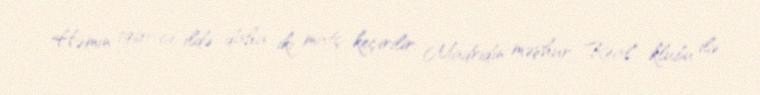
Həmin 1960-cı ildə daha iki matç keçirilir: Madridin məşhur "Real" klubu ilə